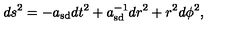
d s ^ { 2 } = - a _ { \mathrm { s d } } d t ^ { 2 } + a _ { \mathrm { s d } } ^ { - 1 } d r ^ { 2 } + r ^ { 2 } d \phi ^ { 2 } ,